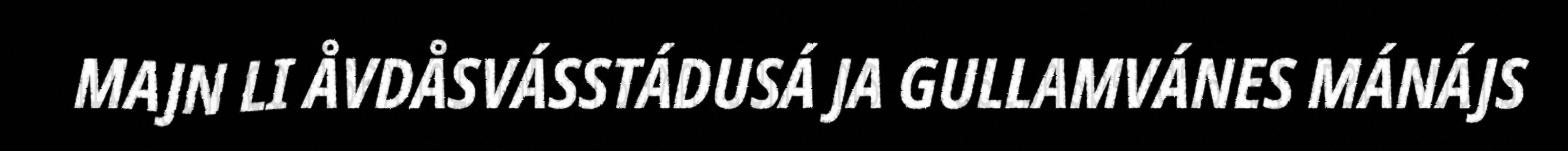
MAJN LI ÅVDÅSVÁSSTÁDUSÁ JA GULLAMVÁNES MÁNÁJS